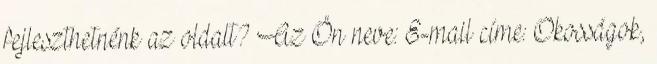
fejleszthetnénk az oldalt? Az Ön neve: E-mail címe: Okosságok,